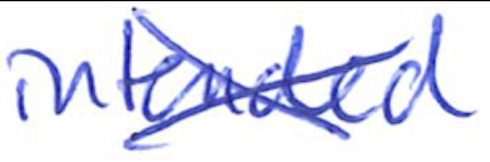
Text: intended
Cross-out: cross
Writing tool: ballpoint